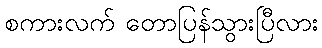
စကားလက် တောပြန်သွားပြီလား